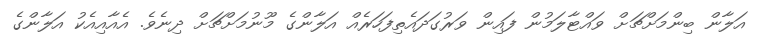
އަލާން ބިންމަށްޗަށް ވައްޓާލަމުން ފައިން ވަރުގަދައެތިފަހަރެއް އަލާންގެ މޫނުމަށްޗަށް ދިނެވެ. އެއާއިއެކު އަލާންގެ